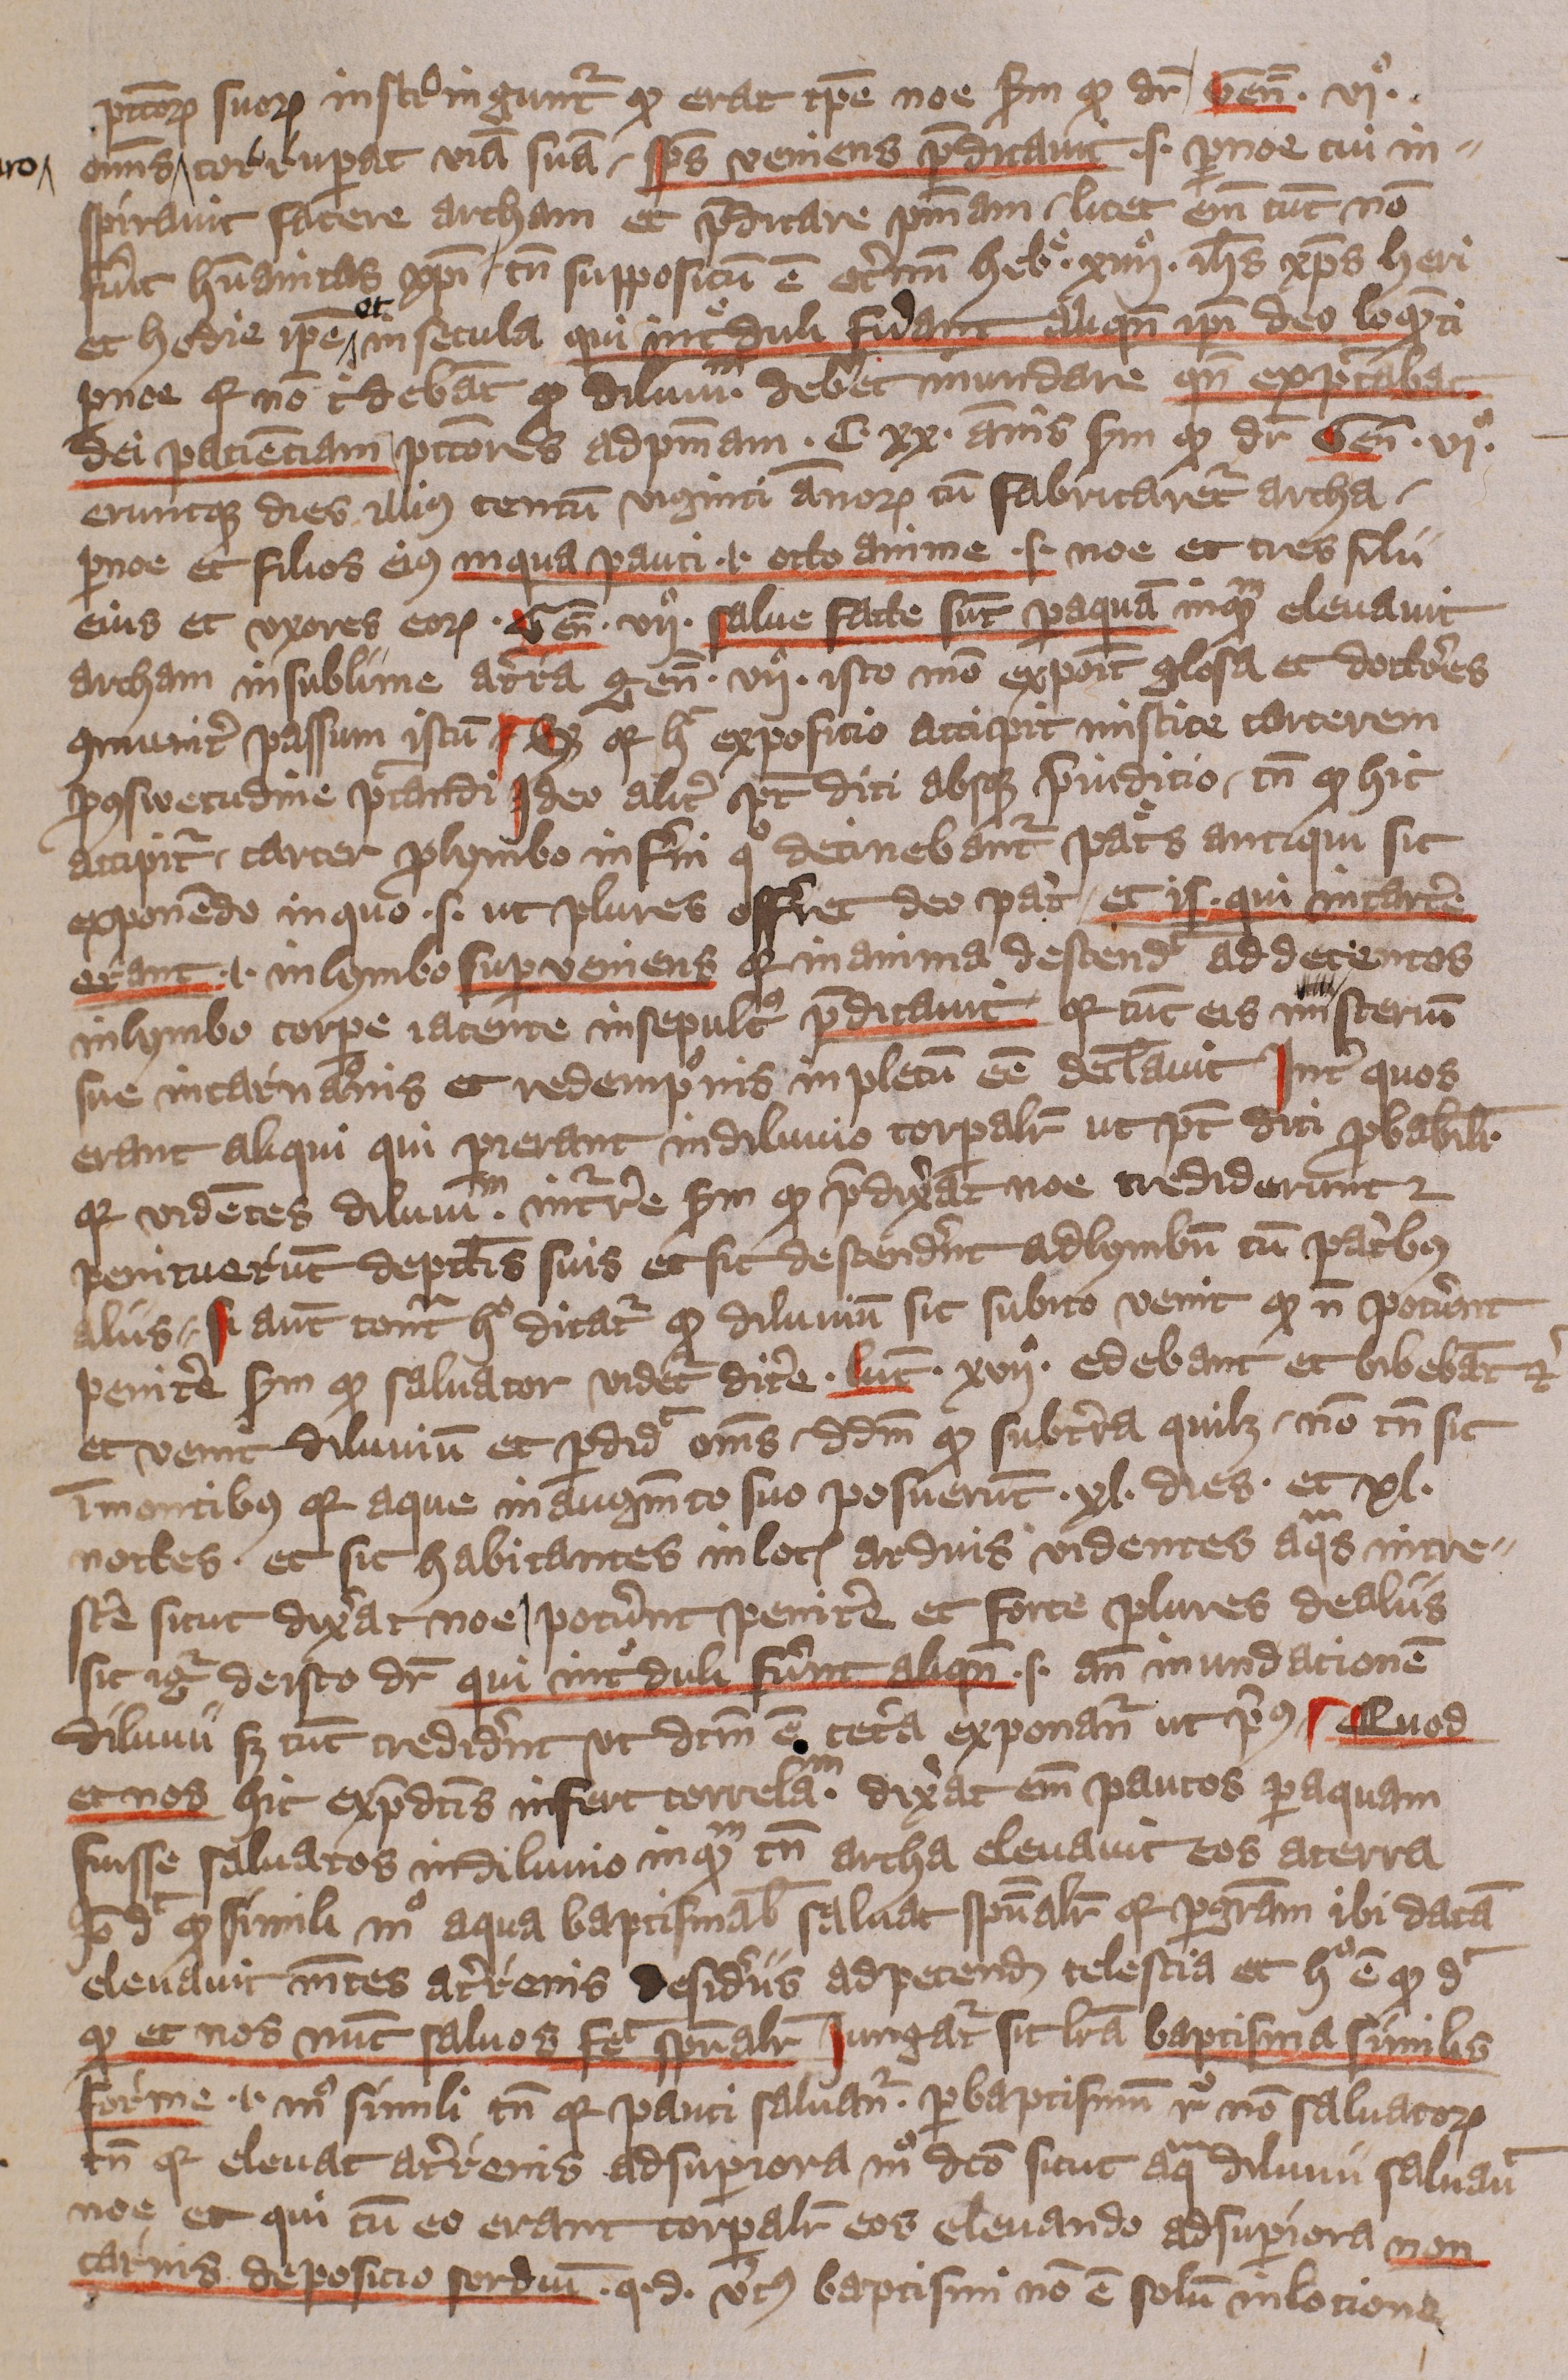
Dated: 1405–1407